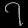
Digit: ၇